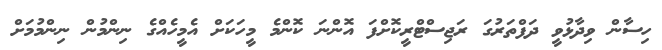
ހިސާން ވިދާޅުވީ ދަފްތަރުގަ ރަޖިސްޓްރީކޮށްފަ އޮންނަ ކޮންމެ މީހަކަށް އެމީހެއްގެ ނިންމުން ނިންމުމަށް